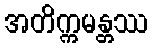
အတိက္ကမန္တဿ